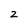
Character: 2